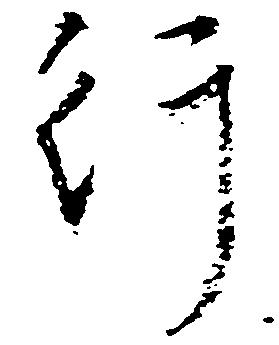
行